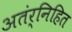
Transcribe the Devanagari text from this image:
अतंर्निहित